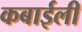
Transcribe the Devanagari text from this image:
कबाईली